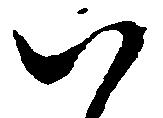
八